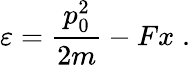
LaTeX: \varepsilon=\frac{p_{0}^{2}}{2m}-Fx\; .